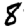
Digit: 8